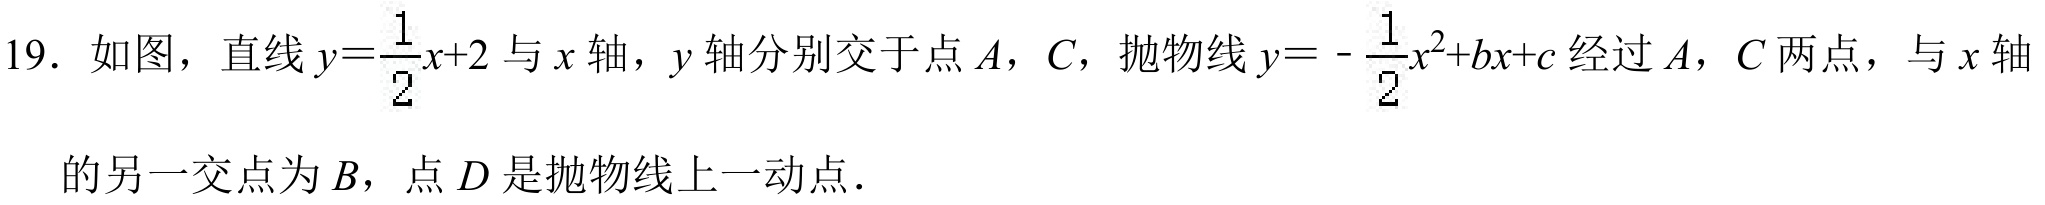
19. 如图，直线\(y = \dfrac{1}{2}x + 2\)与\(x\)轴，\(y\)轴分别交于点\(A\)，\(C\)，抛物线\(y = -\dfrac{1}{2}x^{2}+bx + c\)经过\(A\)，\(C\)两点，与\(x\)轴
的另一交点为\(B\)，点\(D\)是抛物线上一动点．